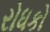
રોધકો